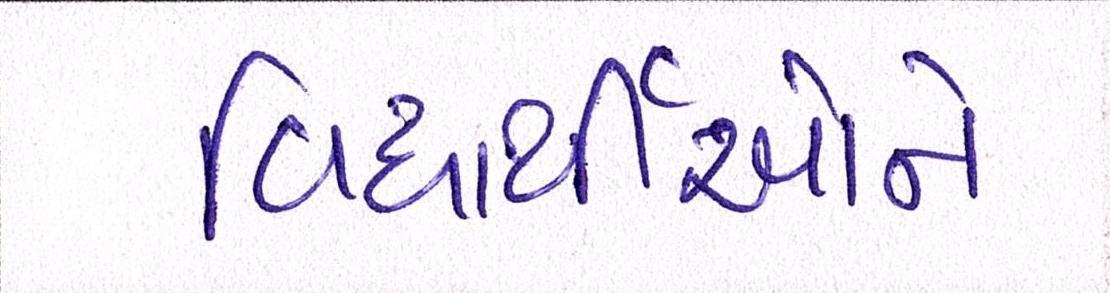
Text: વિધાર્થીઓને